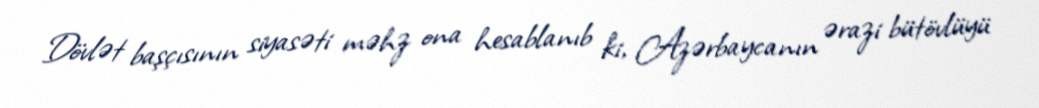
Dövlət başçısının siyasəti məhz ona hesablanıb ki, Azərbaycanın ərazi bütövlüyü